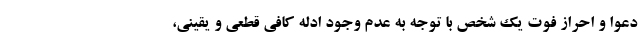
دعوا و احراز فوت یک شخص با توجه به عدم وجود ادله کافی قطعی و یقینی،